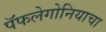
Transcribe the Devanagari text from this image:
पॅफलेगोनियाचा